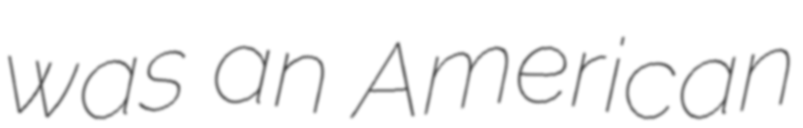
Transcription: was an American